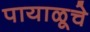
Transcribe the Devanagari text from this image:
पायाळूचे